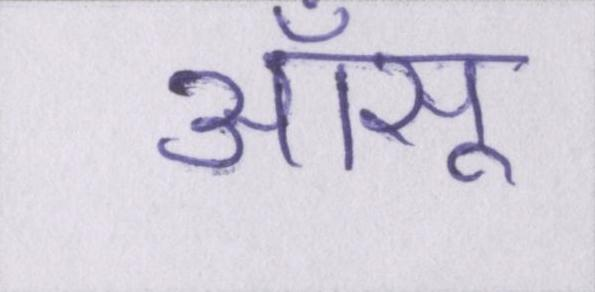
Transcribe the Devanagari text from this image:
आँसू